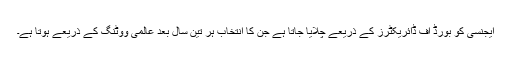
ایجنسی کو بورڈ آف ڈائریکٹرز کے ذریعے چلایا جاتا ہے جن کا انتخاب ہر تین سال بعد عالمی ووٹنگ کے ذریعے ہوتا ہے۔